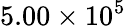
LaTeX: {5.00\times 10^{5}}